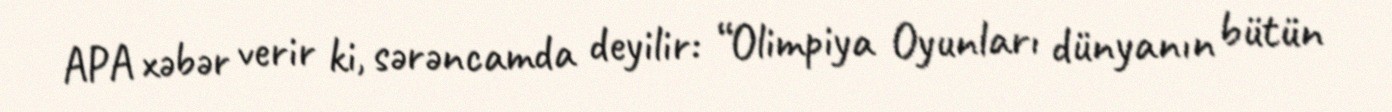
APA xəbər verir ki, sərəncamda deyilir: “Olimpiya Oyunları dünyanın bütün